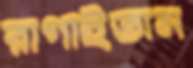
রাগাইতাম